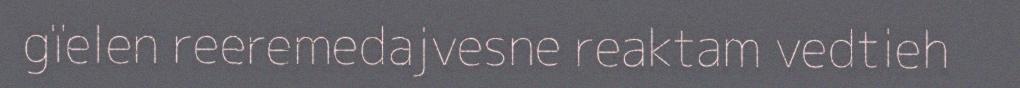
gïelen reeremedajvesne reaktam vedtieh